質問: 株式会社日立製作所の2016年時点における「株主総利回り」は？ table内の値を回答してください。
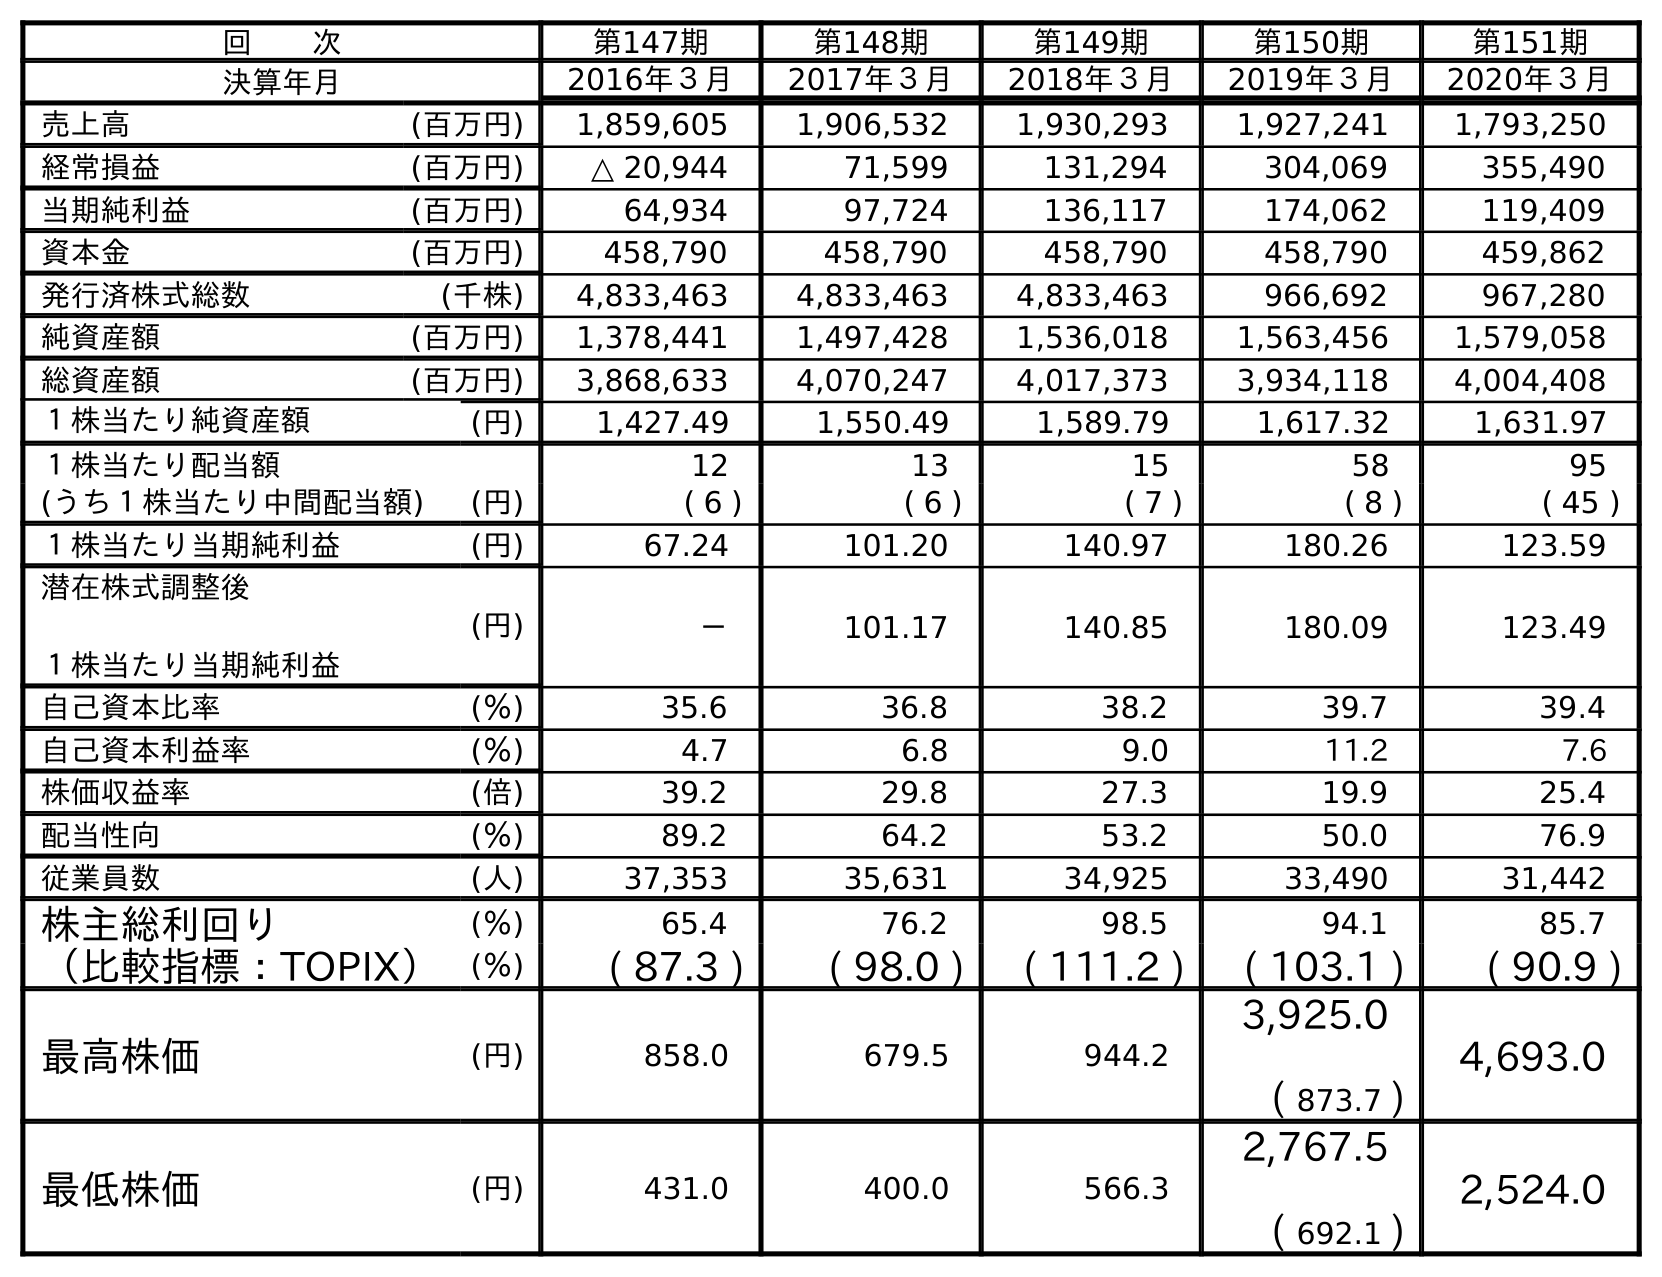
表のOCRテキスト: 回  次 第147期 第148期 第149期 第150期 第151期 決算年月 2016年３月 2017年３月 2018年３月 2019年３月 2020年３月 売上高 (百万円) 1,859,605 1,906,532 1,930,293 1,927,241 1,793,250 経常損益 (百万円) △ 20,944 71,599 131,294 304,069 355,490 当期純利益 (百万円) 64,934 97,724 136,117 174,062 119,409 資本金 (百万円) 458,790 458,790 458,790 458,790 459,862 発行済株式総数 (千株) 4,833,463 4,833,463 4,833,463 966,692 967,280 純資産額 (百万円) 1,378,441 1,497,428 1,536,018 1,563,456 1,579,058 総資産額 (百万円) 3,868,633 4,070,247 4,017,373 3,934,118 4,004,408 １株当たり純資産額 (円) 1,427.49 1,550.49 1,589.79 1,617.32 1,631.97 １株当たり配当額 12 13 15 58 95 (うち１株当たり中間配当額) (円) ( 6 ) ( 6 ) ( 7 ) ( 8 ) ( 45 ) １株当たり当期純利益 (円) 67.24 101.20 140.97 180.26 123.59 潜在株式調整後 １株当たり当期純利益 (円) － 101.17 140.85 180.09 123.49 自己資本比率 (％) 35.6 36.8 38.2 39.7 39.4 自己資本利益率 (％) 4.7 6.8 9.0 11.2 7.6 株価収益率 (倍) 39.2 29.8 27.3 19.9 25.4 配当性向 (％) 89.2 64.2 53.2 50.0 76.9 従業員数 (人) 37,353 35,631 34,925 33,490 31,442 株主総利回り (％) 65.4 76.2 98.5 94.1 85.7 （比較指標：TOPIX） (％) ( 87.3 ) ( 98.0 ) ( 111.2 ) ( 103.1 ) ( 90.9 ) 最高株価 (円) 858.0 679.5 944.2 3,925.0 ( 873.7 ) 4,693.0 最低株価 (円) 431.0 400.0 566.3 2,767.5 ( 692.1 ) 2,524.0
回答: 65.4